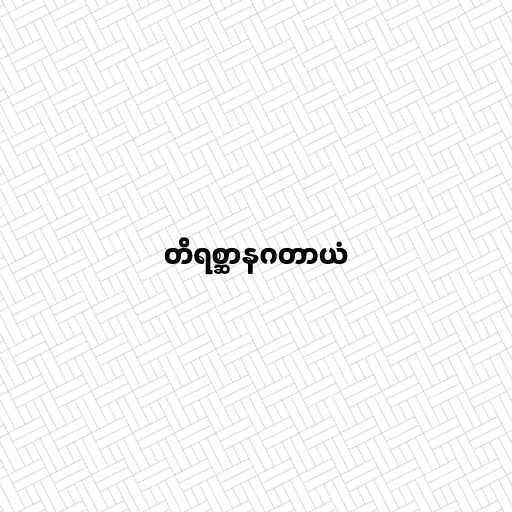
တိရစ္ဆာနဂတာယံ